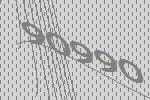
90990